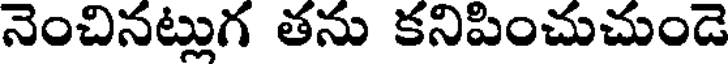
నెంచినట్లుగ తను కనిపించుచుండె